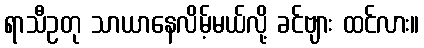
ရာသီဥတု သာယာနေလိမ့်မယ်လို့ ခင်ဗျား ထင်လား။